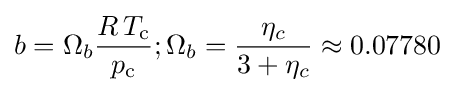
b=\Omega _{b}{\frac {R\,T_{\text{c}}}{p_{\text{c}}}};\Omega _{b}={\frac {\eta _{c}}{3+\eta _{c}}}\approx 0.07780